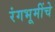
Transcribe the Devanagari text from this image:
रंगभूमींचे